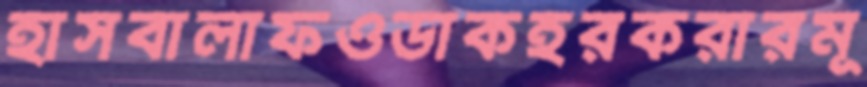
হাসবালাফওডাকহরকরারমূ